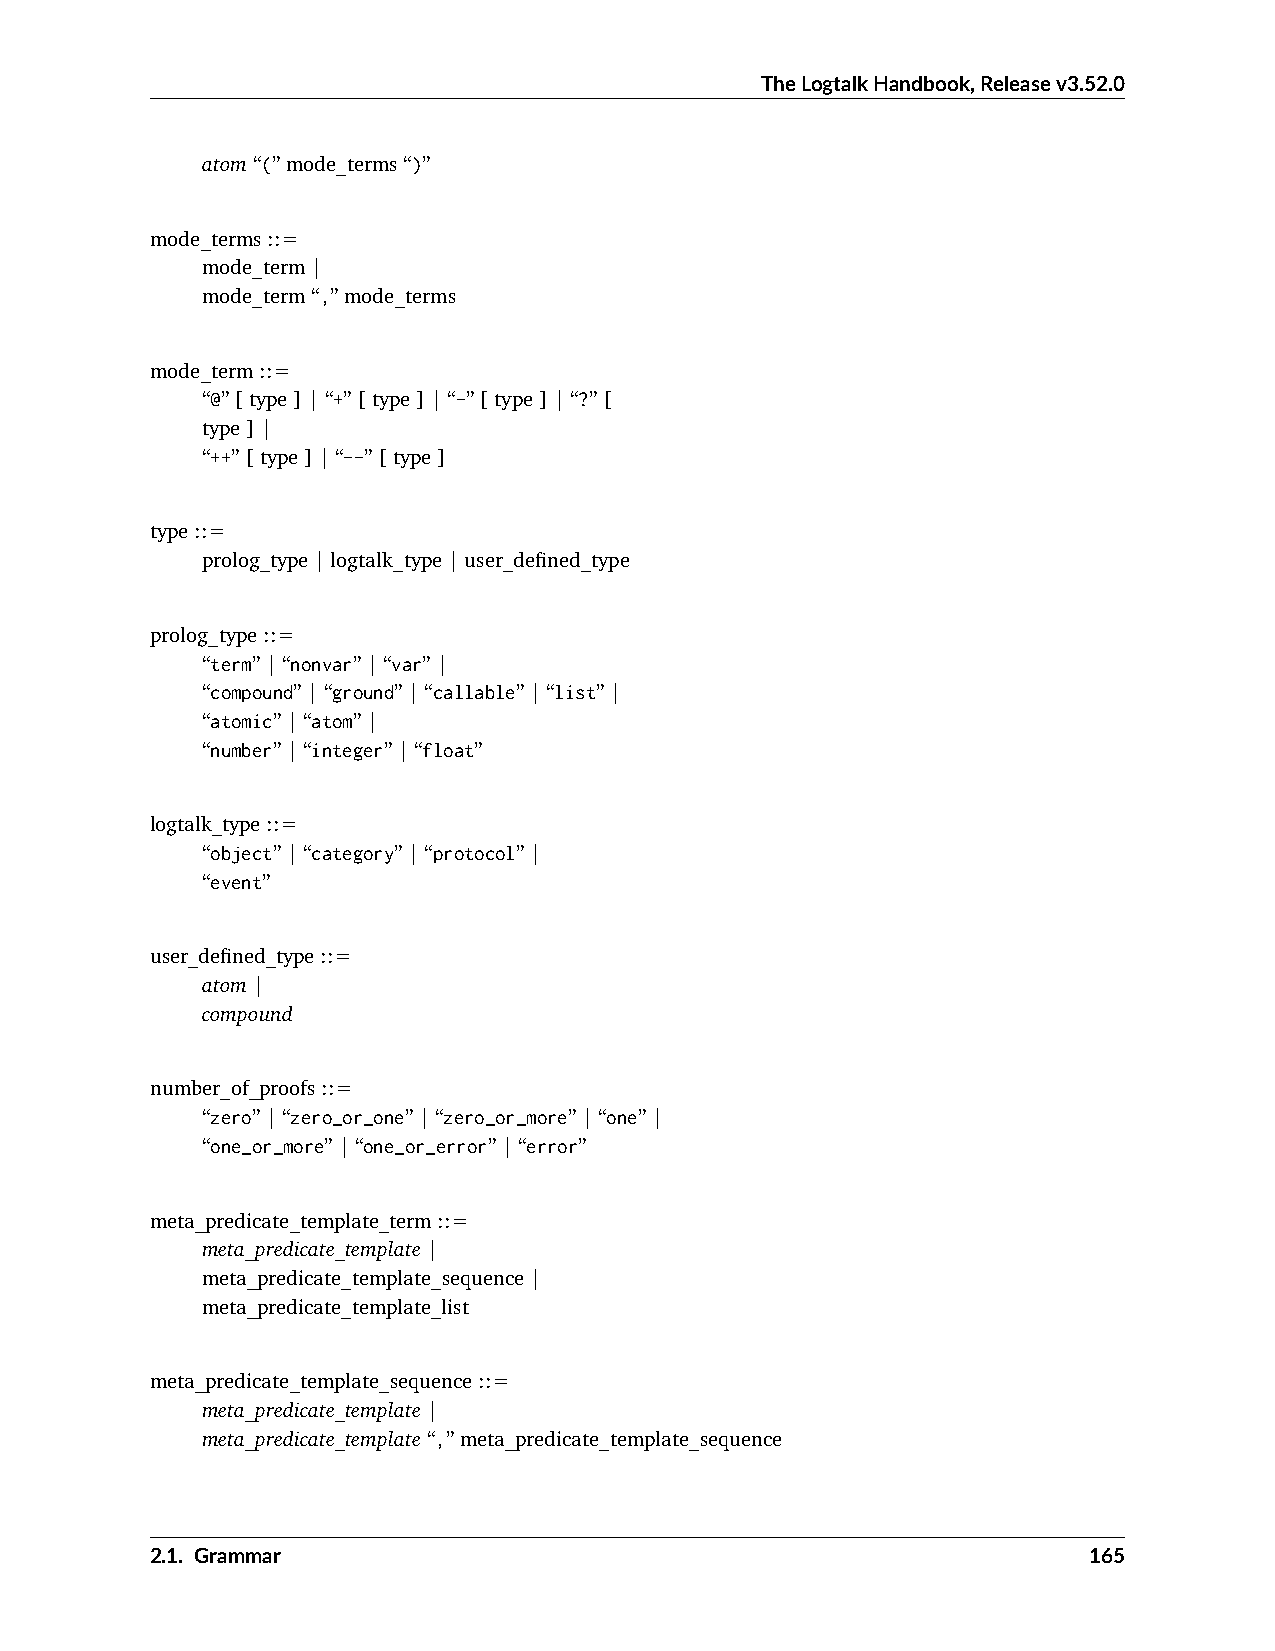
TheLogtalkHandbook,Releasev3.52.0
 atom“(”mode_terms“)”
 mode_terms::=
 mode_term|
 mode_term“,”mode_terms
 mode_term::=
 “@”[type]|“+”[type]|“-”[type]|“?”[
 type]|
 “++”[type]|“--”[type]
 type::=
 prolog_type|logtalk_type|user_defined_type
 prolog_type::=
 “term”|“nonvar”|“var”|
 “compound”|“ground”|“callable”|“list”|
 “atomic”|“atom”|
 “number”|“integer”|“float”
 logtalk_type::=
 “object”|“category”|“protocol”|
 “event”
 user_defined_type::=
 atom|
 compound
 number_of_proofs::=
 “zero”|“zero_or_one”|“zero_or_more”|“one”|
 “one_or_more”|“one_or_error”|“error”
 meta_predicate_template_term::=
 meta_predicate_template|
 meta_predicate_template_sequence|
 meta_predicate_template_list
 meta_predicate_template_sequence::=
 meta_predicate_template|
 meta_predicate_template“,”meta_predicate_template_sequence
 2.1. Grammar                                                  165